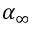
\alpha _ { \infty }